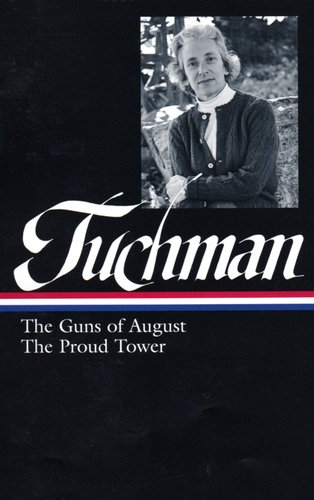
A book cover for Barbara W. Tuchman: The Guns of August & The Proud Tower (Library of America); Barbara W. Tuchman; History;